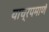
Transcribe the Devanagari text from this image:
याच्रपमाणे